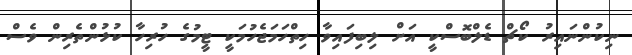
ނިކުންނައިރު ކޯޗް ޑެލްބޮސްކީ އަށް ލިބިފައިވާ ހިތްހަމަޖެހުމަކީ ޓީމުގެ ހުރިހާ ކުޅުންތެރިން ވެސް